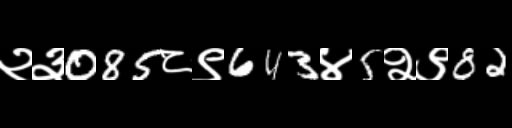
Text: २३085८९643४5२९82